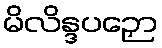
မိလိန္ဒပဉှော